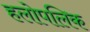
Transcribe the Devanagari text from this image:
हलोपलिक